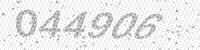
Solution: 044906